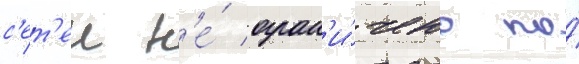
с'ет'еи н'е́ огран'и́чено по́